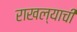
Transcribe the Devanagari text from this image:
राखल्याची